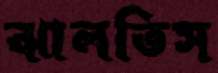
ঝালতিস